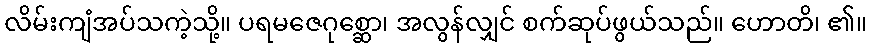
လိမ်းကျံအပ်သကဲ့သို့။ ပရမဇေဂုစ္ဆော၊ အလွန်လျှင် စက်ဆုပ်ဖွယ်သည်။ ဟောတိ၊ ၏။